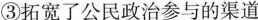
③拓宽了公民政治参与的渠道